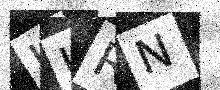
Text: ULRN